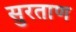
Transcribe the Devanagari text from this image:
सुरताण